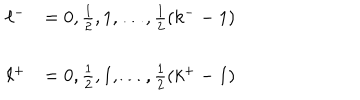
LaTeX: \begin{array} { l l } { { \ell ^ { - } } } & { { = 0 , \frac { 1 } { 2 } , 1 , \dots , \frac { 1 } { 2 } ( k ^ { - } - 1 ) } } \\ { { } } & { { } } \\ { { \ell ^ { + } } } & { { = 0 , \frac { 1 } { 2 } , 1 , \ldots , \frac { 1 } { 2 } ( k ^ { + } - 1 ) } } \\ \end{array}